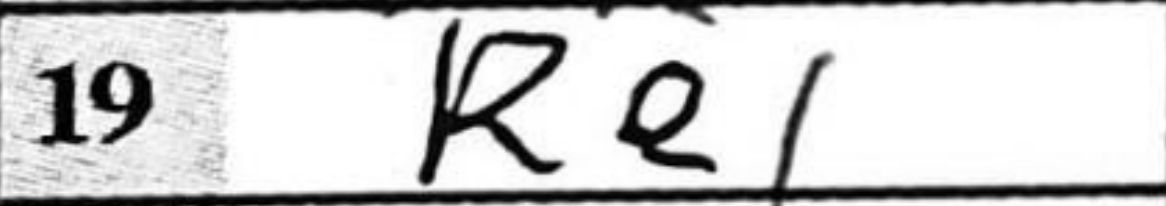
Transcription: Re1